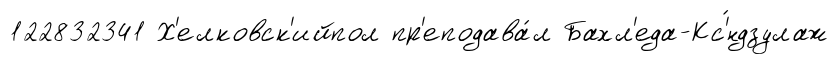
122832341 Х'елковск'ийпол пр'еподава́л Бахл'еда-Кс'́ндзулаж